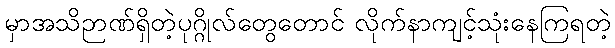
မှာအသိဉာဏ်ရှိတဲ့ပုဂ္ဂိုလ်တွေတောင် လိုက်နာကျင့်သုံးနေကြရတဲ့